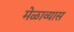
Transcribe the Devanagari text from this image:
मेळाव्यास